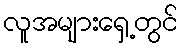
လူအများရှေ့တွင်